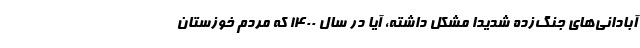
آبادانی‌های جنگ‌زده شدیداً مشکل داشته، آیا در سال 1400 که مردم خوزستان